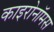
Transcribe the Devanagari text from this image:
काइरोनॉमस